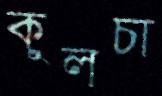
কুলচা